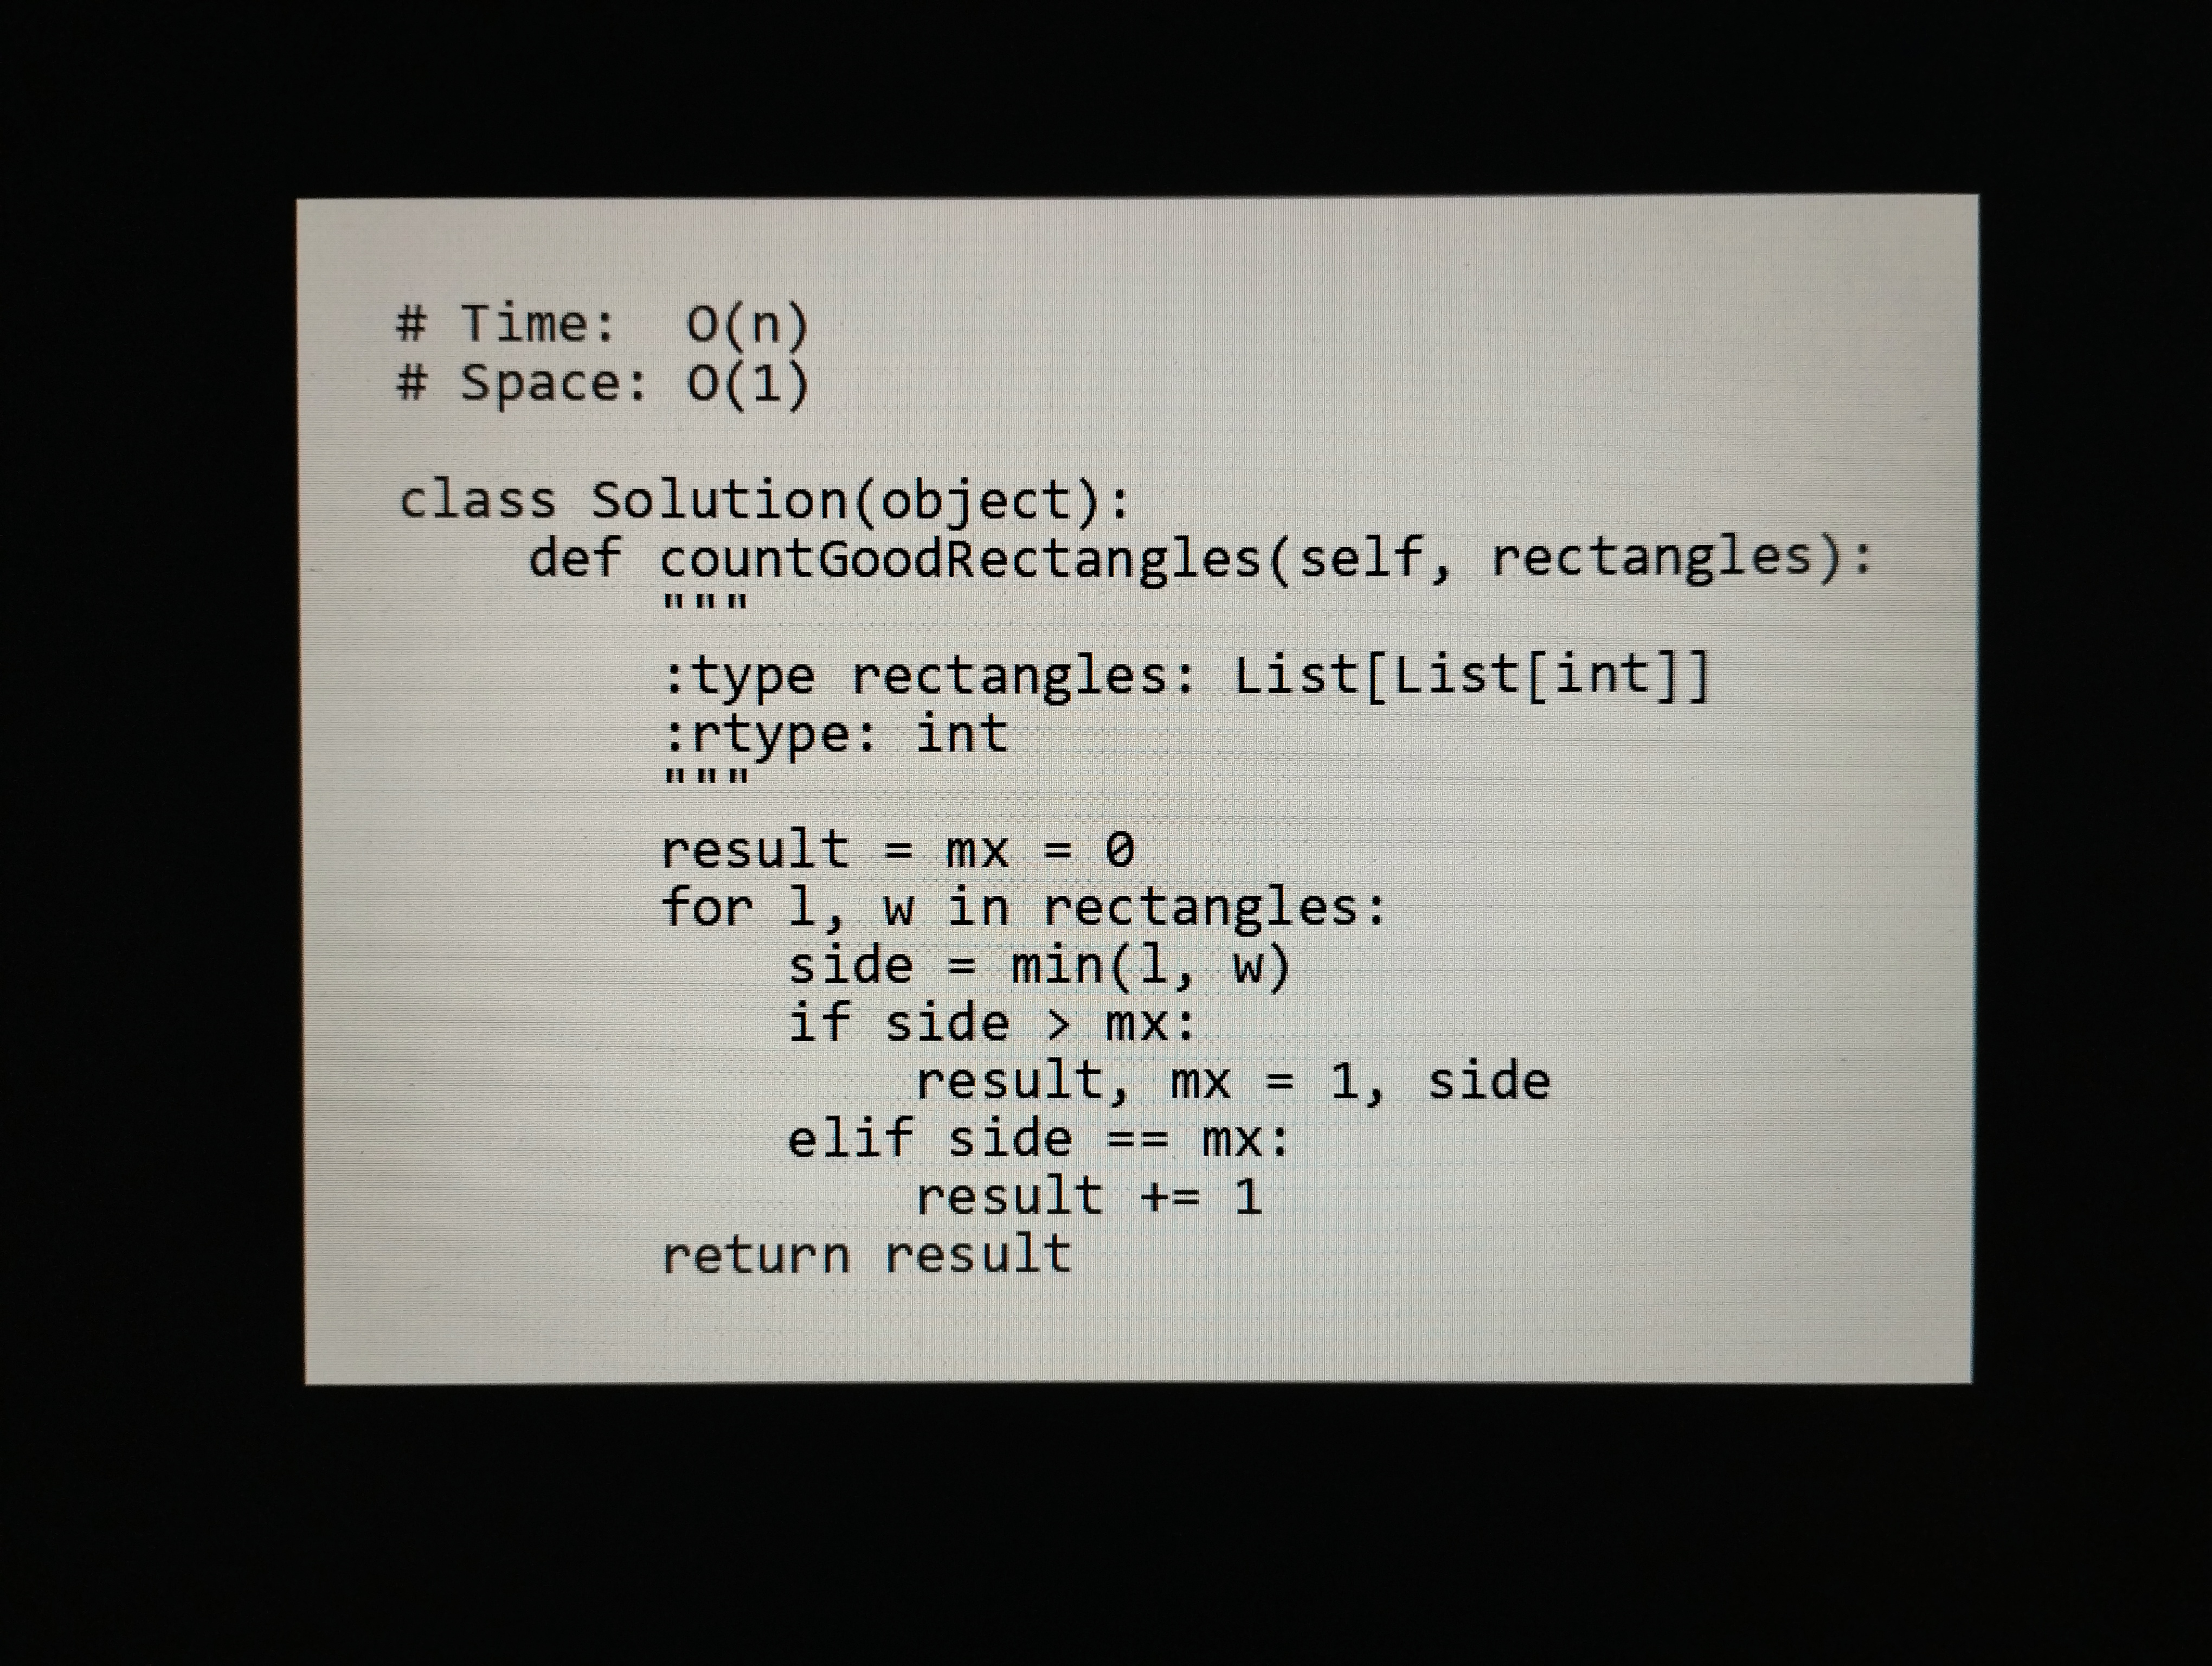
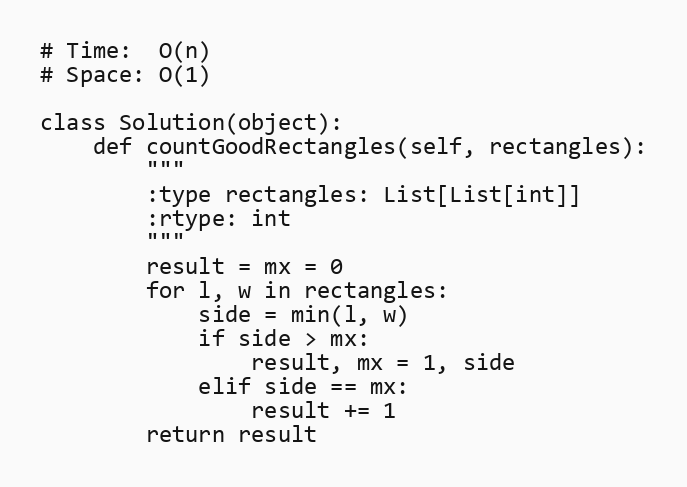
# Time:  O(n)
# Space: O(1)

class Solution(object):
    def countGoodRectangles(self, rectangles):
        """
        :type rectangles: List[List[int]]
        :rtype: int
        """
        result = mx = 0
        for l, w in rectangles:
            side = min(l, w)
            if side > mx:
                result, mx = 1, side
            elif side == mx:
                result += 1
        return result